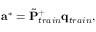
\mathbf { a } ^ { * } = \Tilde { \mathbf { P } } _ { t r a i n } ^ { + } \mathbf { q } _ { t r a i n } ,